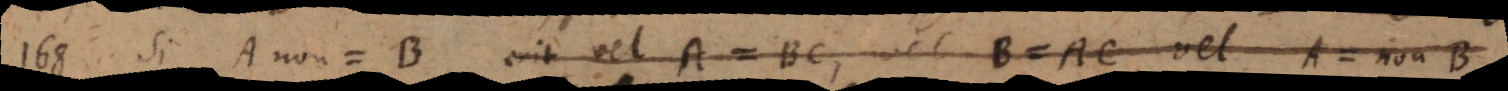
168) Si A non = B erit vel A = BC, vel B